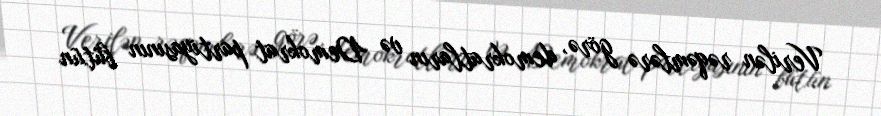
Verilən rəqəmlərə görə, demokratların və Demokrat partiyasının bütün